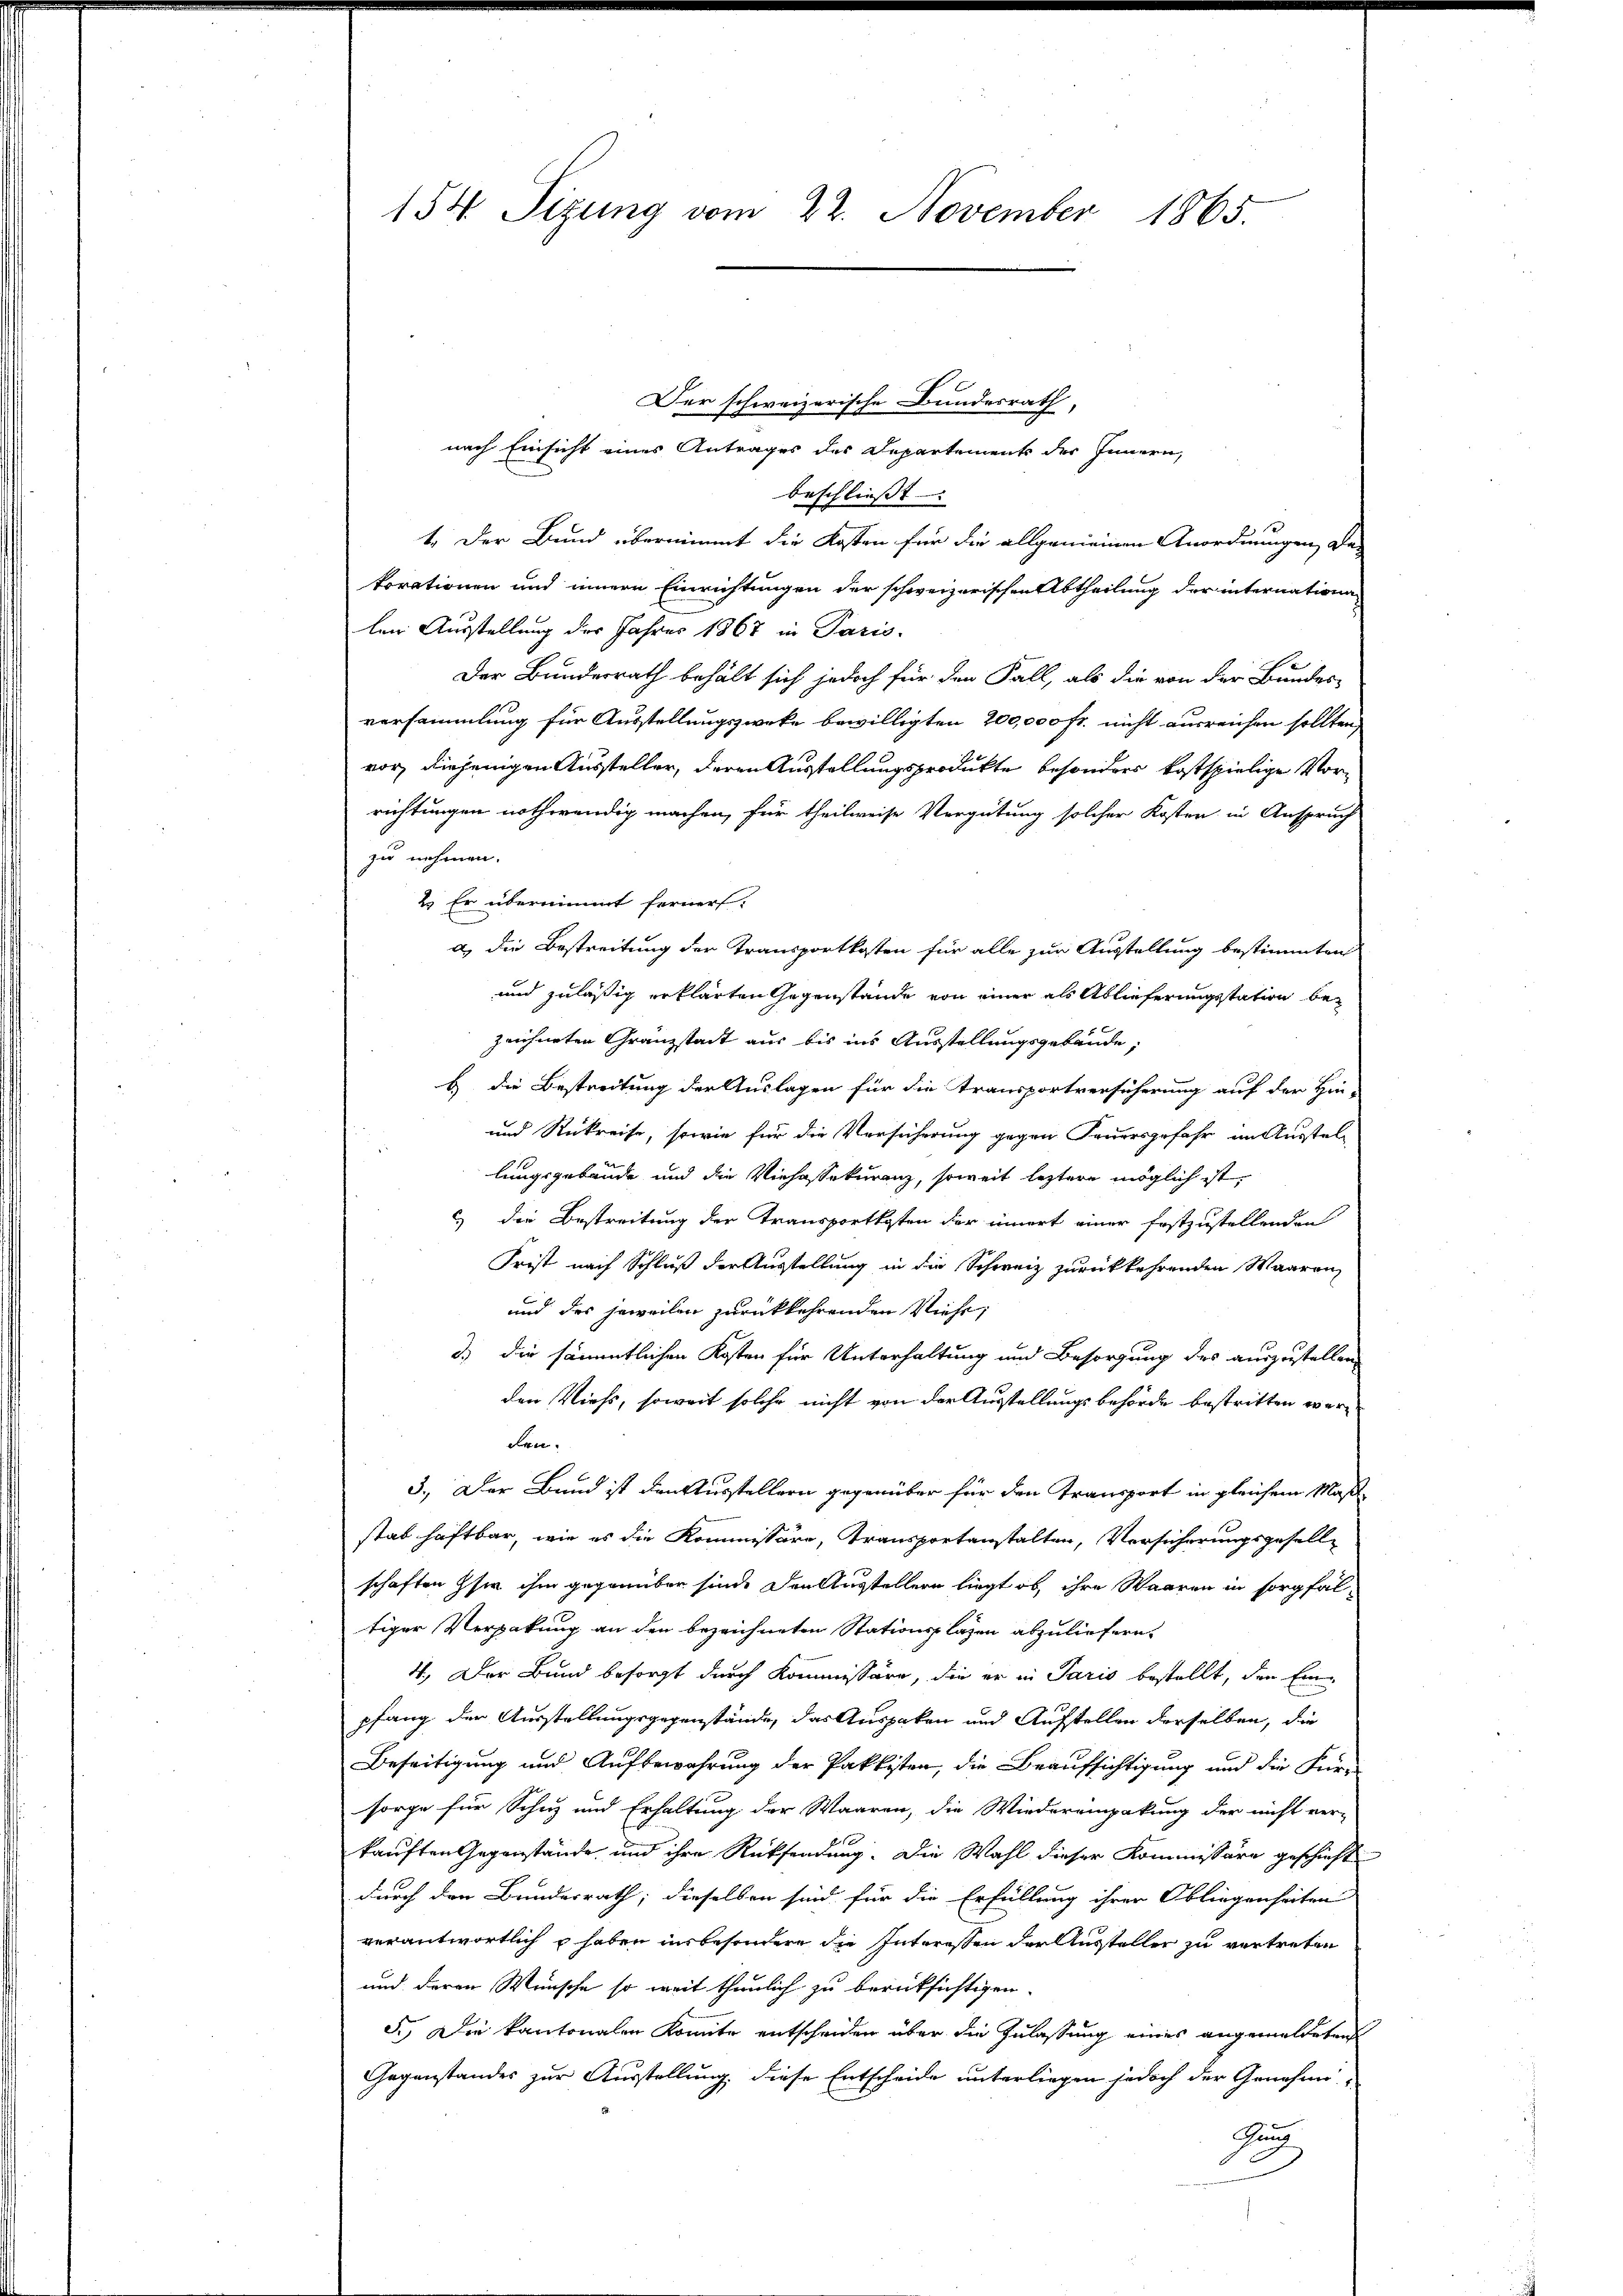
Der schweizerische Bundesrath,
nach Einsicht eines Antrages des Departements der Innern,
beschliesst
1. Der Bund übernimmt die Kosten für die allgemeinen Anordnungen da-
korationen und innern Einrichtungen der schweizerischen Abtheilung der internationalen Ausstellung des Jahres 1867 in Paris.
e
Der Bundesrath behält sich jedoch für den Fall, als die von der Bundes-
versammlung für Ausstellungszwecke bewilligten 200,000 fr. nicht ausreichen sollten,
vor, diejenigen Aussteller, deren Ausstellungsprodukte besonders kostspielige Vorrichtungen nothwendig machen, für theilweise Vergütung solcher Kosten in Anspruch
zu nehmen.
2. Er übernimmt ferner.
d.) die Bestreitung der Transportkosten für alle zur Ausstellung bestimmten
und zuläßig erklärten Gegenstände von einer als Ablieferungsstation bezeichneten Granzstadt aus bis ins Ausstellungsgebäude,
b die Bestreitung der Auslagen für die Transportversicherung auf der Hin-
und Rukreise, sowie für die Versicherung gegen Feuersgefahr im Ausstellungsgebäude und die Viehassekuranz, soweit leztere möglich ist,
) die Bestreitung der Transportkosten der innert einer festzustellenden
Frist nach Schluß der Ausstellung in die Schweiz zurückkehrenden Waaren-
und das jeweilen zurückkehrenden Viehe,
d.) Die sämmtlichen Kosten für Unterhaltung und Besorgung des auszustellen,
den Viehs, soweit solche nicht von der Ausstellungsbehörde bestritten werden.
3.) Der Bund ist denktusstellern gegenüber für den Transport in gleichem Maßstab haftbar, wie es die Kommissäre, Transportanstalten, Versicherungsgesell
schaften sie ihm gegenüber sind. Den Ausstellern liegt ob, ihre Waaren in sorgfaltiger Verpakung an den bezeichneten Stationsplazen abzuliefern,
4. Der Bund besorgt durch Kommissäre, die er in Paris bestellt, den Einpfang der Ausstellungsgegenstände, das Ausgaben und Aufstellen derselben, die
Beseitigung und Aufbewahrung der Pakkisten, die Beaufsichtigung und die Für-
sorge für Schuz und Erhaltung der Waaren, die Wiedereinpakung der nicht ver-
kauften Gegenstände und ihre Rücksendung. Die Wahl dieser Kommissäre geschieht
durch den Bundesrath; dieselben sind für die Erfüllung ihrer Obliegenheiten
verantwortlich u haben insbesondere die Interessen der Aussteller zu vertreten
und deren Wünsche so weit thunlich zu berücksichtigen.
5. Die kantonalen Konnte entscheiden über die Zulassung eines angemeldeten
Gegenstandes zur Ausstellung, diese Entscheide unterliegen jedoch der Genehmi-
Gug

154. Sizung vom 22. November 1865.